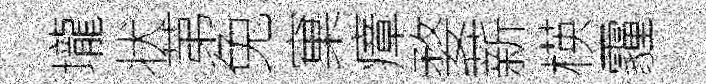
壠状苐兔窠瘴婺薪楧霾